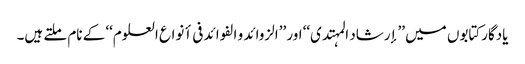
یادگارکتابوں میں ’’إرشاد المہتدی‘‘ اور ’’الزوائد و الفوائد فی أنواع العلوم‘‘ کے نام ملتے ہیں۔